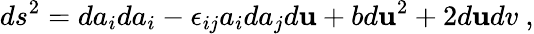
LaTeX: ds^{2}=da_{i}da_{i}-\epsilon_{ij}a_{i}da_{j}d\mathbf{u}+bd\mathbf{u}^{2}+2d\mathbf{u}dv~,